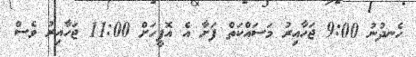
ހެނދުނު 9:00 ޖަހާއިރު މަސައްކަތް ފަށާ އެ އޮފީހަށް 11:00 ޖަހާއިރު ވެސް